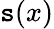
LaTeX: \mathtt{s}(x)